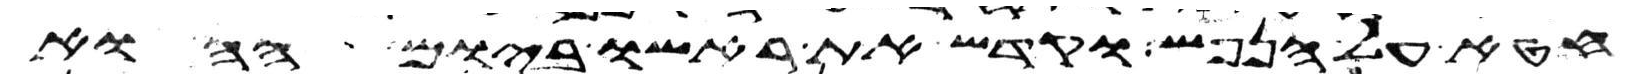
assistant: חטא על הנפש וקדש את ראשו ביום ההוא